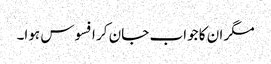
مگر ان کا جواب جان کر افسوس ہوا۔